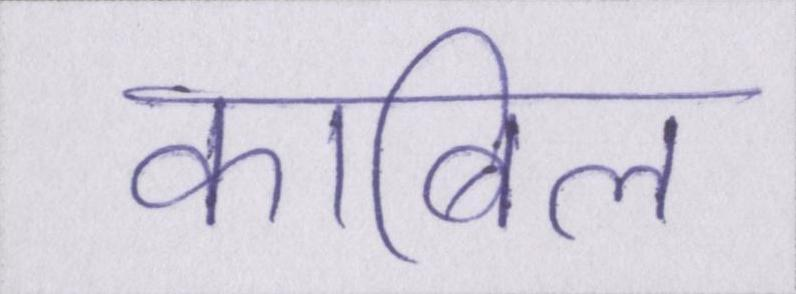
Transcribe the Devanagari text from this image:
काबिल